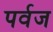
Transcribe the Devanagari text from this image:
पर्वज